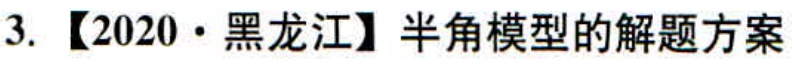
3. 【2020·黑龙江】半角模型的解题方案